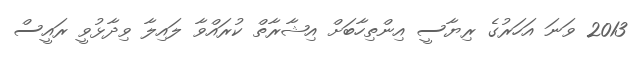
2013 ވަނަ އަހަރުގެ ރިޔާސީ އިންތިހާބަށް އިޝާރާތް ކުރައްވާ ލައިލާ ވިދާޅުވީ ރައީސް